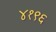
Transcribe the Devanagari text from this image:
४१९६